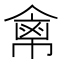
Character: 𢄕